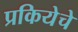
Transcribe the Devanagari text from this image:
प्रकियेचे